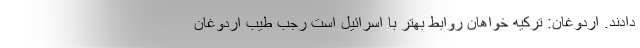
دادند. اردوغان: ترکیه خواهان روابط بهتر با اسرائیل است رجب طیب اردوغان